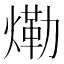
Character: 𱬀